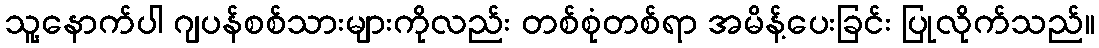
သူ့နောက်ပါ ဂျပန်စစ်သားများကိုလည်း တစ်စုံတစ်ရာ အမိန့်ပေးခြင်း ပြုလိုက်သည်။